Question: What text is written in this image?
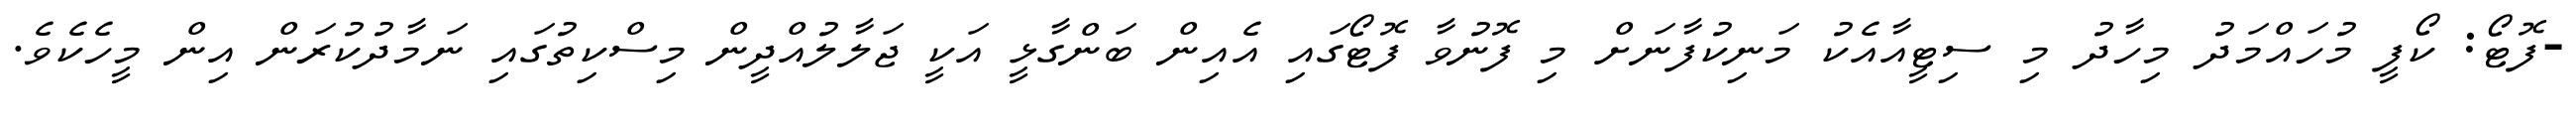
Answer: -ފޮޓޯ: ކޯފީ މުހައްމަދު މިހާދު މި ސިޓީއާއެކު މަނިކުފާނަށް މި ފޮނުވާ ފޮޓޯގައި އެއިން ބަންގާޅީ އަކީ ޖަލާލުއްދީން މިސްކިތުގައި ނަމާދުކުރަން އިން މީހެކެވެ.